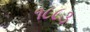
૧૮૮૩